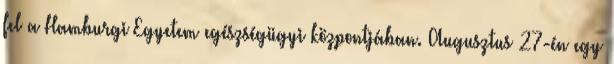
fel a Hamburgi Egyetem egészségügyi központjában. Augusztus 27-én egy